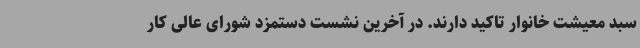
سبد معیشت خانوار تاکید دارند. در آخرین نشست دستمزد شورای عالی کار